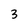
Character: 3